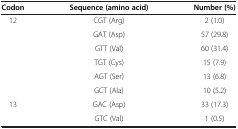
| Codon | Sequence (amino acid) | Number (%) |
 | --- | --- | --- |
 | <ROWSPAN=6> 12 | CGT (Arg) | 2 (1.0) |
 | GAT (Asp) | 57 (29.8) |
 | GTT (Val) | 60 (31.4) |
 | TGT (Cys) | 15 (7.9) |
 | AGT (Ser) | 13 (6.8) |
 | GCT (Ala) | 10 (5.2) |
 | 13 | GAC (Asp) | 33 (17.3) |
 |  | GTC (Val) | 1 (0.5) |